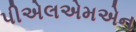
પીએલએમએન